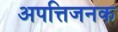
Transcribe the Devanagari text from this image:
अपत्तिजनक